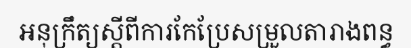
អនុក្រឹត្យស្តីពីការកែប្រែសម្រួលតារាងពន្ធ